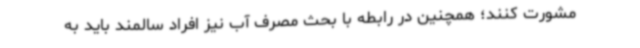
مشورت کنند؛ همچنین در رابطه با بحث مصرف آب نیز افراد سالمند باید به